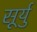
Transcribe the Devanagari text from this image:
सूर्यु